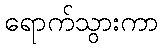
ရောက်သွားကာ